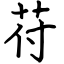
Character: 苻